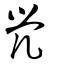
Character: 焭